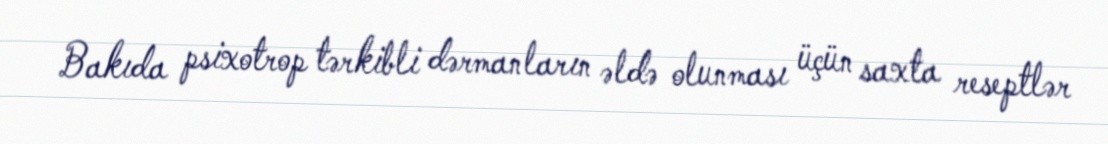
Bakıda psixotrop tərkibli dərmanların əldə olunması üçün saxta reseptlər